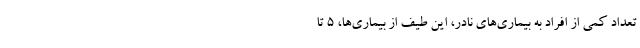
تعداد کمی از افراد به بیماری‌های نادر، این طیف از بیماری‌ها، ۵ تا